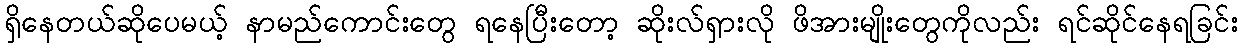
ရှိနေတယ်ဆိုပေမယ့် နာမည်ကောင်းတွေ ရနေပြီးတော့ ဆိုးလ်ရှားလို ဖိအားမျိုးတွေကိုလည်း ရင်ဆိုင်နေရခြင်း